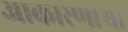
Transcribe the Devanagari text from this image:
आकारणार्‍या